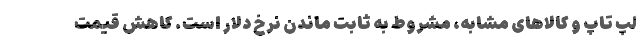
لپ تاپ و کالاهای مشابه، مشروط به ثابت ماندن نرخ دلار است. کاهش قیمت